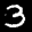
Label: 3